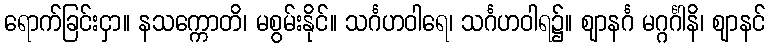
ရောက်ခြင်းငှာ။ နသက္ကောတိ၊ မစွမ်းနိုင်။ သင်္ဂဟဝါရေ၊ သင်္ဂဟဝါရ၌။ ဈာနင်္ဂ မဂ္ဂင်္ဂါနိ၊ ဈာနင်